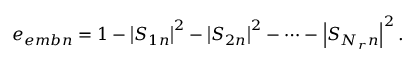
e _ { e m b n } = 1 - \left| S _ { 1 n } \right| ^ { 2 } - \left| S _ { 2 n } \right| ^ { 2 } - \cdots - \left| S _ { N _ { r } n } \right| ^ { 2 } .